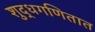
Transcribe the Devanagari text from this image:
शुद्धगणितात